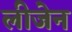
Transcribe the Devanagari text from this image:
लीजेन